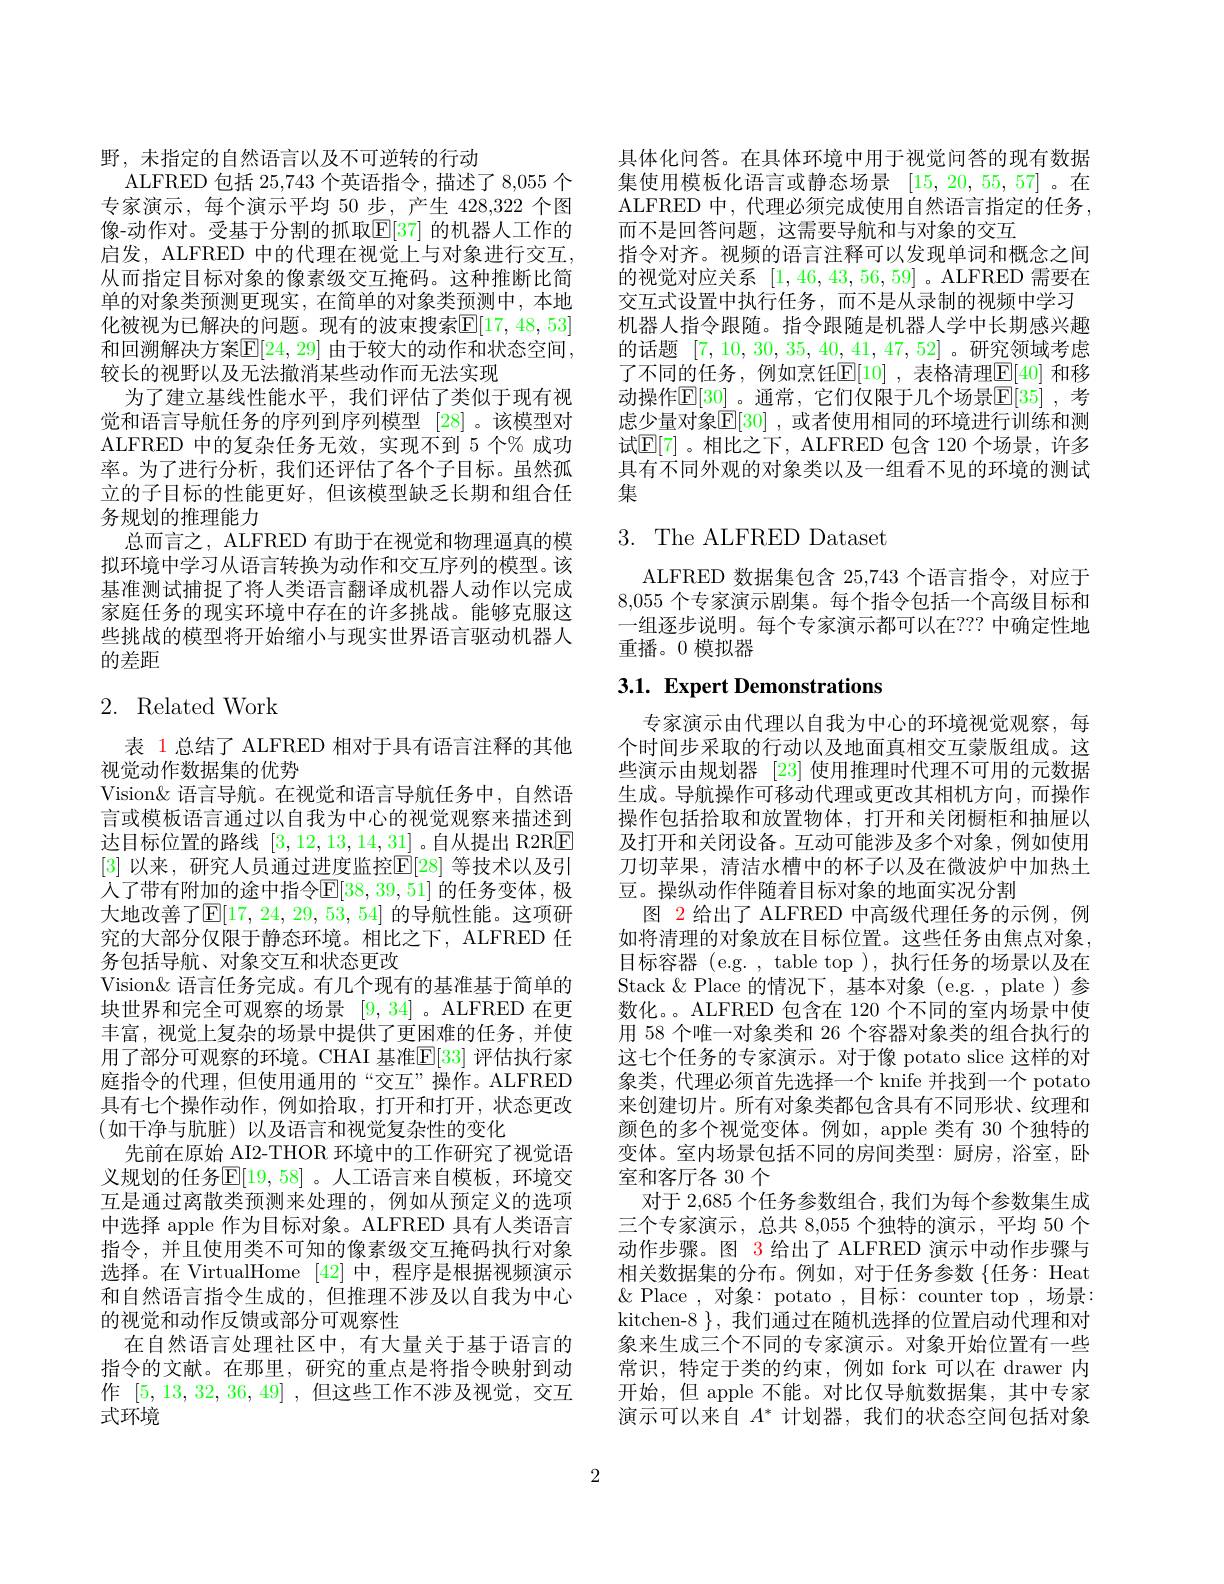
野，未指定的自然语言以及不可逆转的行动
ALFRED 包括 25,743 个英语指令，描述了 8,055 个专家演示，每个演示平均 50 步，产生 428,322 个图像-动作对。受基于分割的抓取$\mathbb{E}[37]$ 的机器人工作的启发，ALFRED 中的代理在视觉上与对象进行交互， 从而指定目标对象的像素级交互掩码。这种推断比简单的对象类预测更现实，在简单的对象类预测中，本地化被视为已解决的问题。现有的波束搜索$\mathbb{E}[17,48,53]$ 和回溯解决方案$\mathbb{E}[24,29]$ 由于较大的动作和状态空间， 较长的视野以及无法撤消某些动作而无法实现
为了建立基线性能水平，我们评估了类似于现有视觉和语言导航任务的序列到序列模型[28] 。该模型对ALFRED 中的复杂任务无效，实现不到 5 个% 成功率。为了进行分析，我们还评估了各个子目标。虽然孤立的子目标的性能更好，但该模型缺乏长期和组合任务规划的推理能力
总而言之，ALFRED 有助于在视觉和物理逼真的模拟环境中学习从语言转换为动作和交互序列的模型。该基准测试捕捉了将人类语言翻译成机器人动作以完成家庭任务的现实环境中存在的许多挑战。能够克服这些挑战的模型将开始缩小与现实世界语言驱动机器人的差距

## 2. Related Work

表 1 总结了 ALFRED 相对于具有语言注释的其他
视觉动作数据集的优势
Vision& 语言导航。在视觉和语言导航任务中，自然语言或模板语言通过以自我为中心的视觉观察来描述到达目标位置的路线[3,12,13,14,31] 。自从提出 R2RE [3] 以来，研究人员通过进度监控$\mathbb{E}[28]$ 等技术以及引人了带有附加的途中指令$\mathbb{E}[38,39,51]$ 的任务变体，极大地改善了$\mathbb{E}[17,24,29,53,54]$ 的导航性能。这项研究的大部分仅限于静态环境。相比之下，ALFRED 任务包括导航、对象交互和状态更改
Vision& 语言任务完成。有几个现有的基准基于简单的块世界和完全可观察的场景[9,34] 。ALFRED 在更丰富，视觉上复杂的场景中提供了更困难的任务，并使用了部分可观察的环境。CHAI 基准$\mathbb{E}[33]$ 评估执行家庭指令的代理，但使用通用的“交互”操作。ALFRED 具有七个操作动作，例如拾取，打开和打开，状态更改(如干净与肮脏)以及语言和视觉复杂性的变化
先前在原始 AI2-THOR 环境中的工作研究了视觉语义规划的任务$\mathbb{E}[19,58]$ 。人工语言来自模板，环境交互是通过离散类预测来处理的，例如从预定义的选项中选择 apple 作为目标对象。ALFRED 具有人类语言指令，并且使用类不可知的像素级交互掩码执行对象选择。在 VirtualHome [42]中，程序是根据视频演示和自然语言指令生成的，但推理不涉及以自我为中心的视觉和动作反馈或部分可观察性
在自然语言处理社区中，有大量关于基于语言的指令的文献。在那里，研究的重点是将指令映射到动作[5,13,32,36,49],但这些工作不涉及视觉，交互式环境

具体化问答。在具体环境中用于视觉问答的现有数据集使用模板化语言或静态场景 [15,20,55,57]。在ALFRED 中，代理必须完成使用自然语言指定的任务， 而不是回答问题，这需要导航和与对象的交互
指令对齐。视频的语言注释可以发现单词和概念之间的视觉对应关系[1,46,43,56,59] 。ALFRED 需要在交互式设置中执行任务，而不是从录制的视频中学习机器人指令跟随。指令跟随是机器人学中长期感兴趣的话题[7,10,30,35,40,41,47,52] 。研究领域考虑了不同的任务，例如烹饪$\mathbb{E}[10]$ ,表格清理$\mathbb{E}[40]$ 和移动操作$\mathbb{E}[30]$ 。通常，它们仅限于几个场景$\mathbb{E}[35]$ ,考虑少量对象$\overline{\mathbb{E}}[30]$ ,或者使用相同的环境进行训练和测试$\mathbb{E}[7]$。相比之下，ALFRED 包含 120 个场景，许多具有不同外观的对象类以及一组看不见的环境的测试集

## 3. The ALFRED Dataset

ALFRED 数据集包含 25,743 个语言指令，对应于8,055 个专家演示剧集。每个指令包括一个高级目标和一组逐步说明。每个专家演示都可以在？?? 中确定性地重播。0 模拟器

# 3.1. Expert Demonstrations

专家演示由代理以自我为中心的环境视觉观察，每个时间步采取的行动以及地面真相交互蒙版组成。这些演示由规划器 [23] 使用推理时代理不可用的元数据生成。导航操作可移动代理或更改其相机方向，而操作操作包括拾取和放置物体，打开和关闭橱柜和抽屉以及打开和关闭设备。互动可能涉及多个对象，例如使用刀切苹果，清洁水槽中的杯子以及在微波炉中加热土豆。操纵动作伴随着目标对象的地面实况分割
图 2 给出了 ALFRED 中高级代理任务的示例，例如将清理的对象放在目标位置。这些任务由焦点对象， 目标容器 (e.g. , table top ), 执行任务的场景以及在Stack $\&$ Place 的情况下，基本对象(e.g. , plate)参数化。。ALFRED 包含在 120 个不同的室内场景中使用 58 个唯一对象类和 26 个容器对象类的组合执行的这七个任务的专家演示。对于像 potato slice 这样的对象类，代理必须首先选择一个 knife 并找到一个 potato 来创建切片。所有对象类都包含具有不同形状、纹理和颜色的多个视觉变体。例如，apple 类有 30 个独特的变体。室内场景包括不同的房间类型：厨房，浴室，卧室和客厅各 30 个
对于 2,685 个任务参数组合，我们为每个参数集生成三个专家演示，总共 8,055 个独特的演示，平均 50 个动作步骤。图 3 给出了 ALFRED 演示中动作步骤与相关数据集的分布。例如，对于任务参数 {任务：Heat $\&$ Place ,对象：potato ,目标：counter top ,场景： kitchen-8 $\}$,我们通过在随机选择的位置启动代理和对象来生成三个不同的专家演示。对象开始位置有一些常识，特定于类的约束，例如 fork 可以在 drawer 内开始，但 apple 不能。对比仅导航数据集，其中专家演示可以来自$A^*$计划器，我们的状态空间包括对象

2